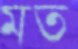
মত